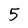
Character: 5